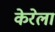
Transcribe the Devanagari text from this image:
केरेला